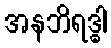
အနဘိရဒ္ဓါ